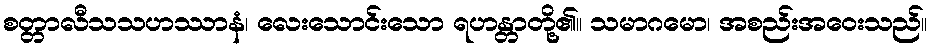
စတ္တာလီသသဟဿာနံ၊ လေးသောင်းသော ရဟန္တာတို့၏။ သမာဂမော၊ အစည်းအဝေးသည်။